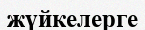
жүйкелерге